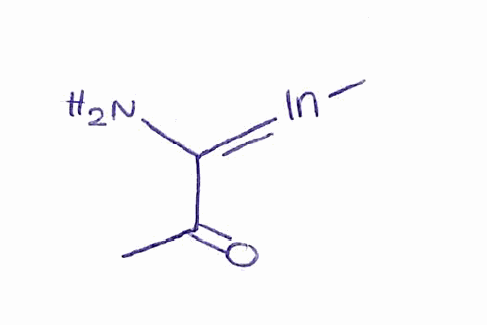
Simplified molecular-input line-entry system (SMILES) notation of the given molecule:
CC(=O)C(=[In]C)N